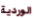
الوردية